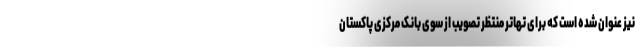
نیز عنوان شده است که برای تهاتر منتظر تصویب از سوی بانک مرکزی پاکستان